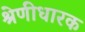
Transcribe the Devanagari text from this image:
श्रेणीधारक